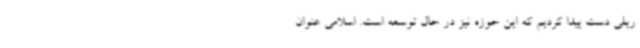
ریلی دست پیدا کردیم که این حوزه نیز در حال توسعه است. اسلامی عنوان